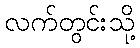
လက်တွင်းသို့